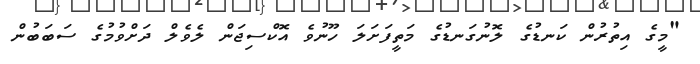
"މީގެ އިތުރުން ކަނޑުގެ ލޮނުގަނޑުގެ މަތީފަށަލަ ހޫނުވެ އޮކްސިޖަން ލެވެލް ދަށްވުމުގެ ސަބަބުން